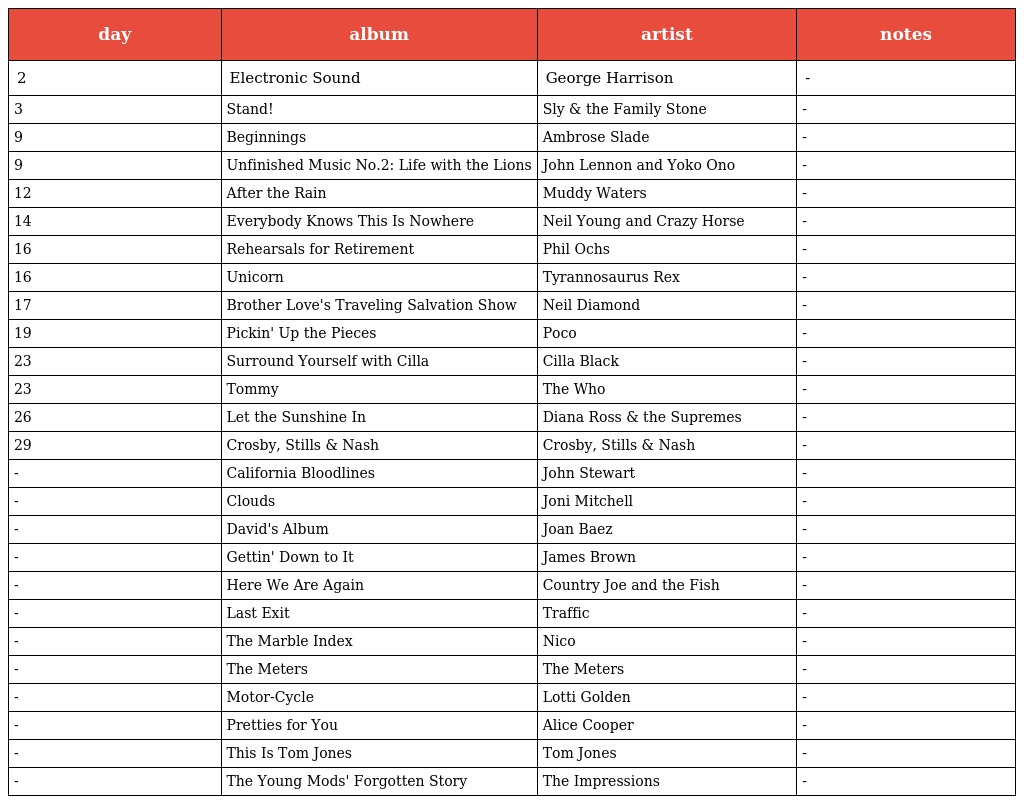
| day | album | artist | notes |
 | --- | --- | --- | --- |
 | 2 | Electronic Sound | George Harrison | - |
 | 3 | Stand! | Sly & the Family Stone | - |
 | 9 | Beginnings | Ambrose Slade | - |
 | 9 | Unfinished Music No.2: Life with the Lions | John Lennon and Yoko Ono | - |
 | 12 | After the Rain | Muddy Waters | - |
 | 14 | Everybody Knows This Is Nowhere | Neil Young and Crazy Horse | - |
 | 16 | Rehearsals for Retirement | Phil Ochs | - |
 | 16 | Unicorn | Tyrannosaurus Rex | - |
 | 17 | Brother Love's Traveling Salvation Show | Neil Diamond | - |
 | 19 | Pickin' Up the Pieces | Poco | - |
 | 23 | Surround Yourself with Cilla | Cilla Black | - |
 | 23 | Tommy | The Who | - |
 | 26 | Let the Sunshine In | Diana Ross & the Supremes | - |
 | 29 | Crosby, Stills & Nash | Crosby, Stills & Nash | - |
 | - | California Bloodlines | John Stewart | - |
 | - | Clouds | Joni Mitchell | - |
 | - | David's Album | Joan Baez | - |
 | - | Gettin' Down to It | James Brown | - |
 | - | Here We Are Again | Country Joe and the Fish | - |
 | - | Last Exit | Traffic | - |
 | - | The Marble Index | Nico | - |
 | - | The Meters | The Meters | - |
 | - | Motor-Cycle | Lotti Golden | - |
 | - | Pretties for You | Alice Cooper | - |
 | - | This Is Tom Jones | Tom Jones | - |
 | - | The Young Mods' Forgotten Story | The Impressions | - |